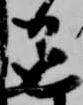
色